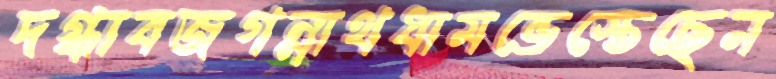
দগ্ধাবজগন্নাথধামভেস্তেছেন